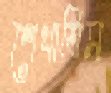
শেখাতিস